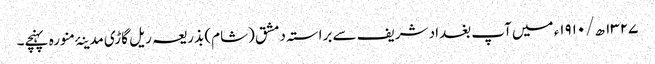
۱۳۲۷ ھ/۱۹۱۰ء میں آپ بغداد شریف سے براستہ دمشق (شام) بذریعہ ریل گاڑی مدینۂ منورہ پہنچے۔